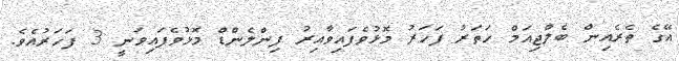
އޭގެ ތެރެއިން ބެލްޖިއަމް ހަތަރު ފަހަރު މޮޅުވެފައިވާއިރު ފިންލެންޑް މޮޅުވެފައިވަނީ 3 ފަހަރުއެވެ.